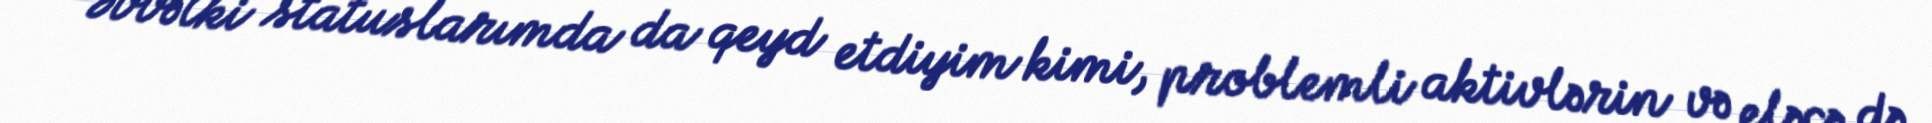
Əvvəlki statuslarımda da qeyd etdiyim kimi, problemli aktivlərin və eləcə də